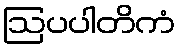
ဩပပါတိကံ